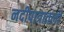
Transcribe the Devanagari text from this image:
नदीपात्रातली